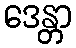
ဒေန္တာ